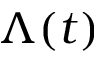
\Lambda ( t )